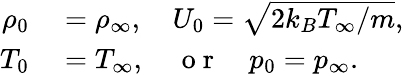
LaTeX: \begin{array}{rl}{\rho_{0}}&{{}=\rho_{\infty},\quad U_{0}=\sqrt{2k_{B}T_{\infty}/m},}\\ {T_{0}}&{{}=T_{\infty},\quad\mathrm{~o~r~}\quad p_{0}=p_{\infty}.}\end{array}